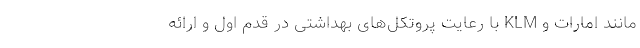
مانند امارات و KLM با رعایت پروتکل‌های بهداشتی در قدم اول و ارائه